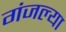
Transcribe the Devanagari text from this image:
गंजल्या